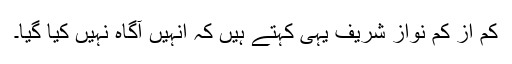
کم از کم نواز شریف یہی کہتے ہیں کہ انہیں آگاہ نہیں کیا گیا۔